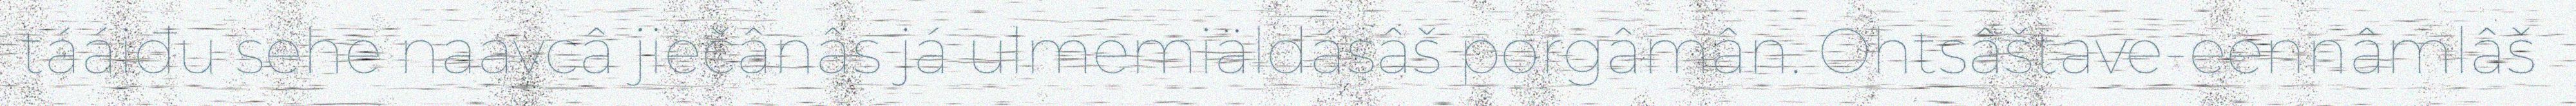
tááiđu sehe naavcâ jiečânâs já ulmemiäldásâš porgâmân. Ohtsâštave-eennâmlâš